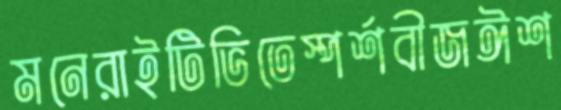
মনেরাইটিভিতেস্পর্শবীজঈশ